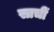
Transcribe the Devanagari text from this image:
साचीं